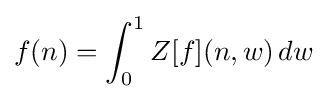
f(n)=\int _{0}^{1}Z[f](n,w)\,dw